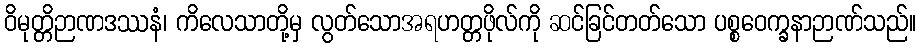
ဝိမုတ္တိဉာဏဒဿနံ၊ ကိလေသာတို့မှ လွတ်သောအရဟတ္တဖိုလ်ကို ဆင်ခြင်တတ်သော ပစ္စဝေက္ခနာဉာဏ်သည်။